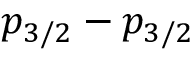
p _ { 3 / 2 } - p _ { 3 / 2 }